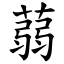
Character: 蒻